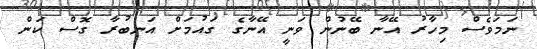
ނަމަވެސް މިހާރު އޭނާ ބޭނުން ވަނީ އޭނާގެ ގައުމަށް އަނބުރާ ގޮސް ކަން